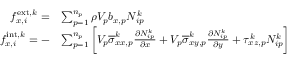
\begin{array} { r l } { f _ { x , i } ^ { \mathrm { e x t } , k } = } & { \sum _ { p = 1 } ^ { n _ { p } } \rho V _ { p } b _ { x , p } N _ { i p } ^ { k } } \\ { f _ { x , i } ^ { \mathrm { i n t } , k } = - } & { \sum _ { p = 1 } ^ { n _ { p } } \bigg [ V _ { p } \overline { { \sigma } } _ { x x , p } ^ { k } \frac { \partial N _ { i p } ^ { k } } { \partial x } + V _ { p } \overline { { \sigma } } _ { x y , p } ^ { k } \frac { \partial N _ { i p } ^ { k } } { \partial y } + \tau _ { x z , p } ^ { k } N _ { i p } ^ { k } \bigg ] } \end{array}